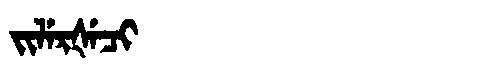
Manchu: ᠵᡳᠯᡝᡵᡧᡝᠴᡳ
Romanization: JILERŠECI